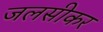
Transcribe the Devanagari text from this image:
जलसीकर